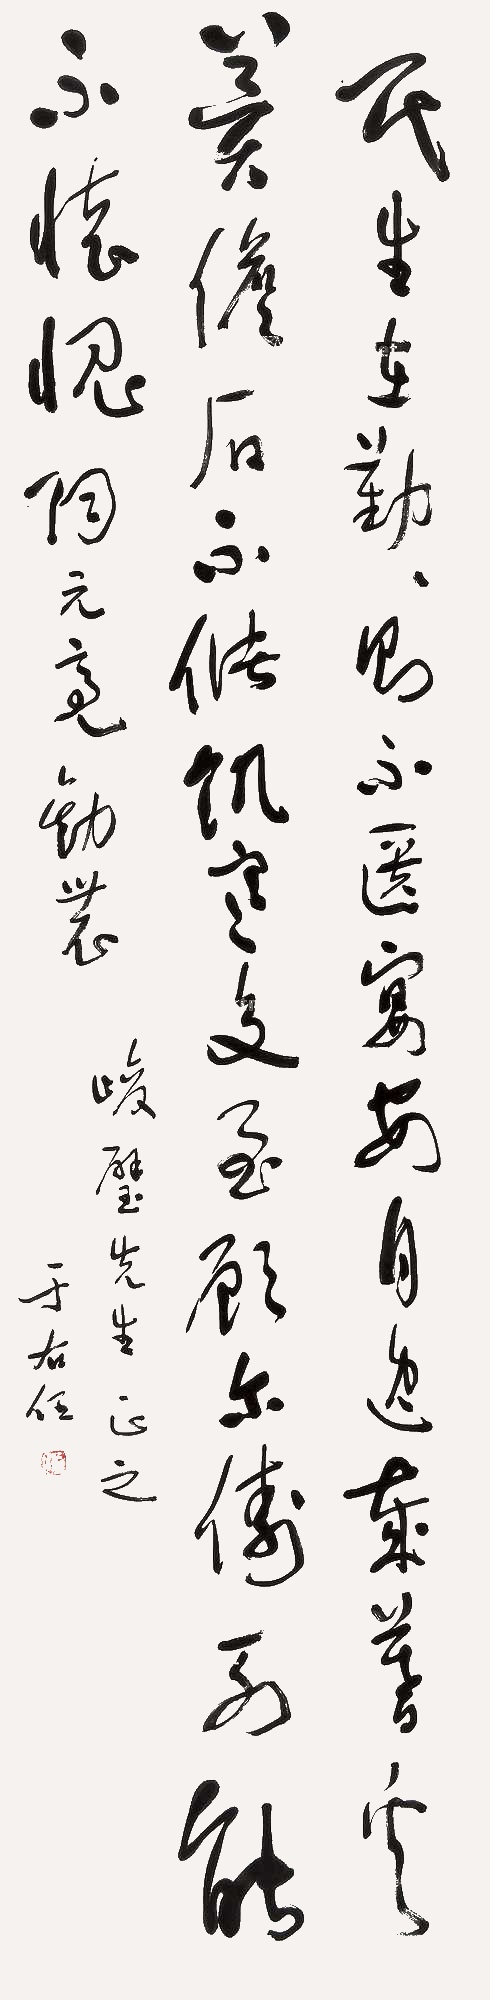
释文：民生在勤，勤则不匮。宴安自逸，岁暮奚冀。儋石不储，饥寒交至。顾尔俦列，能不怀愧。陶元亮《劝农》。峻璧先生正之，于右任。